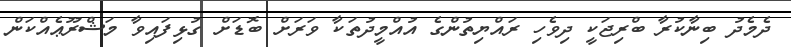
ދެމެދު ބިނާކުރާ ބްރިޖަކީ ދިވެހި ރައްޔިތުންގެ އުއްމީދުތަކާ ވަރަށް ބޮޑަށް ގުޅިފައިވާ މަޝްރޫޢެއްކަން